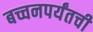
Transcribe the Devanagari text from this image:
बच्चनपर्यंतची